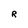
Character: R